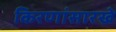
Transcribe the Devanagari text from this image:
किरणांसारखे